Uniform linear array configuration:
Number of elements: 24
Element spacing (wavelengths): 0.25
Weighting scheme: hann
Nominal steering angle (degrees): -15
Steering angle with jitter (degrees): -14.276
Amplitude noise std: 0.05
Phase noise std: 0.05

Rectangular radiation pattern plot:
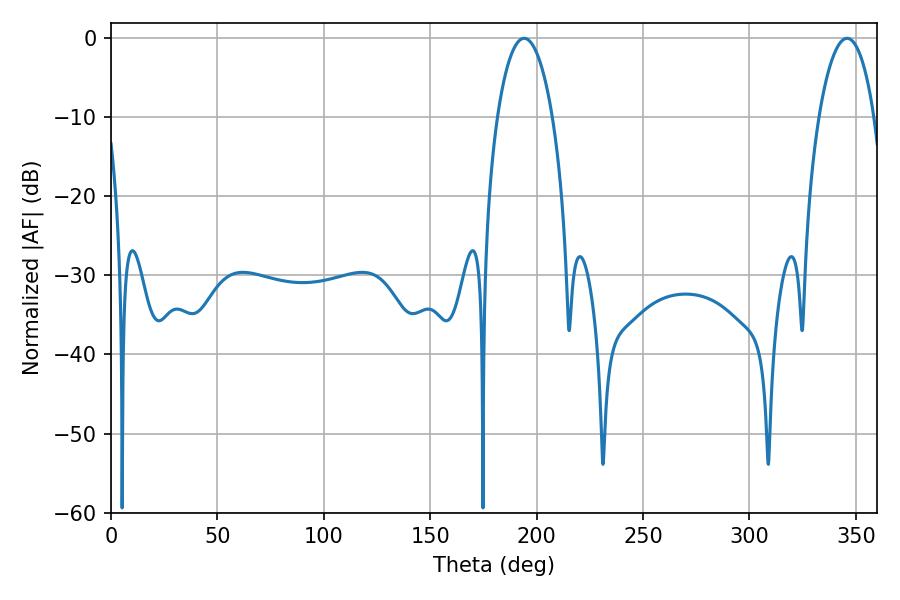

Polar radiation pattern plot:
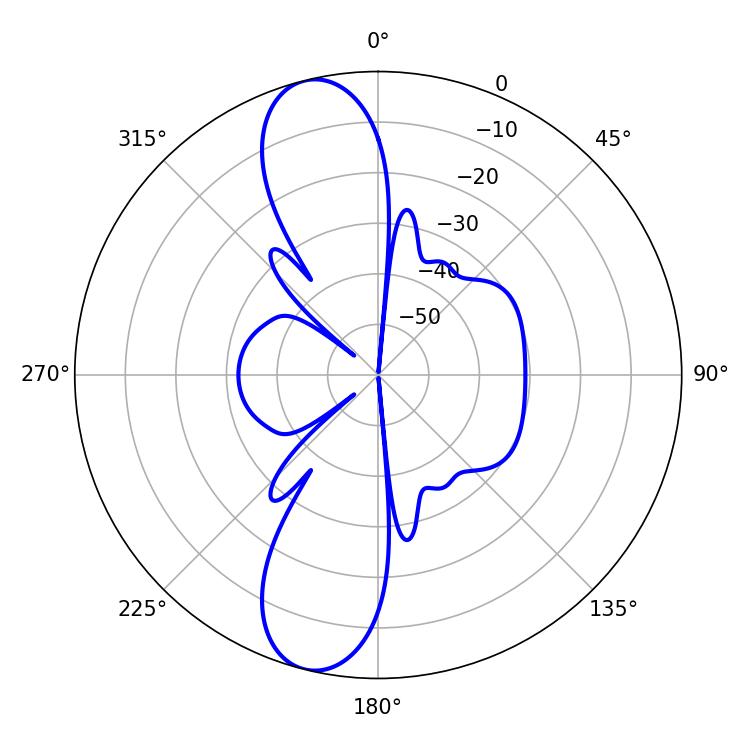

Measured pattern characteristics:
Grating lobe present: FALSE
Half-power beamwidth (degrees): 14.58
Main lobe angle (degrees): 345.78